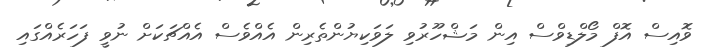
ވޮއިސް އޮފް މޯލްޑިވްސް އިން މަޝްހޫރުވި ލަވަކިޔުންތެރިން އެއްވެސް އެއްޗަކަށް ނުވީ ފަހަރެއްގައި